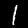
Digit: 1